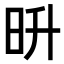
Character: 𣅮